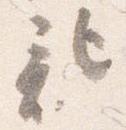
記